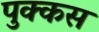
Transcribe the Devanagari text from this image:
पुक्कस